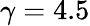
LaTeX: \gamma=4.5